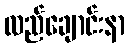
လည်ချောင်းနာ